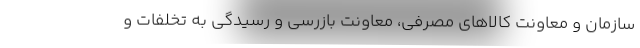
سازمان و معاونت کالاهای مصرفی، معاونت بازرسی و رسیدگی به تخلفات و